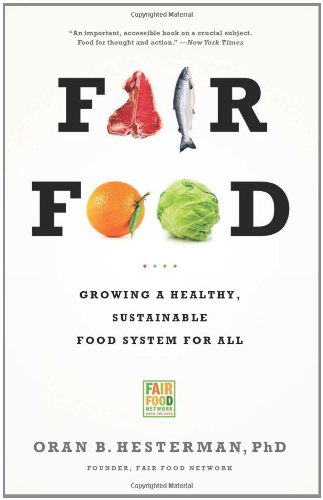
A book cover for Fair Food: Growing a Healthy, Sustainable Food System for All; Oran B. Hesterman; Science & Math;